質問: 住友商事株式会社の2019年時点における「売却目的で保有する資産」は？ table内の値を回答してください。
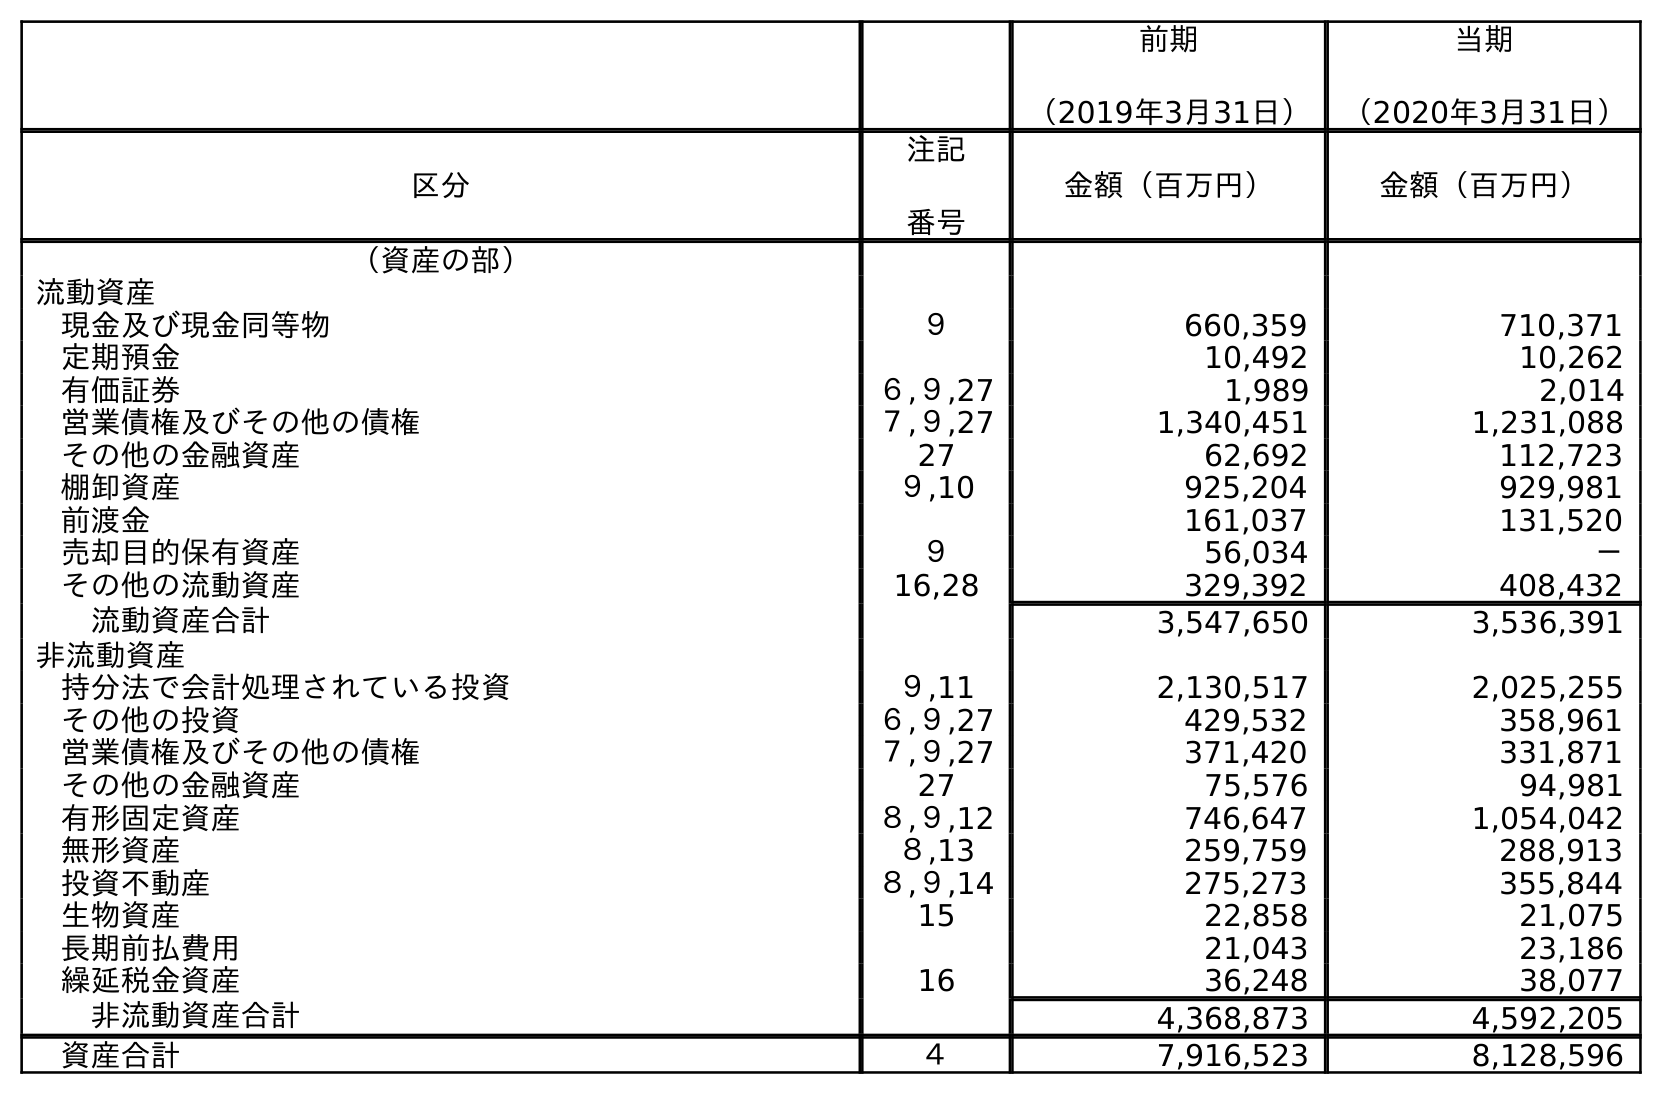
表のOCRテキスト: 前期 （2019年3月31日） 当期 （2020年3月31日） 区分 注記 番号 金額（百万円） 金額（百万円） （資産の部） 流動資産 現金及び現金同等物 ９ 660,359 710,371 定期預金 10,492 10,262 有価証券 ６,９,27 1,989 2,014 営業債権及びその他の債権 ７,９,27 1,340,451 1,231,088 その他の金融資産 27 62,692 112,723 棚卸資産 ９,10 925,204 929,981 前渡金 161,037 131,520 売却目的保有資産 ９ 56,034 － その他の流動資産 16,28 329,392 408,432 流動資産合計 3,547,650 3,536,391 非流動資産 持分法で会計処理されている投資 ９,11 2,130,517 2,025,255 その他の投資 ６,９,27 429,532 358,961 営業債権及びその他の債権 ７,９,27 371,420 331,871 その他の金融資産 27 75,576 94,981 有形固定資産 ８,９,12 746,647 1,054,042 無形資産 ８,13 259,759 288,913 投資不動産 ８,９,14 275,273 355,844 生物資産 15 22,858 21,075 長期前払費用 21,043 23,186 繰延税金資産 16 36,248 38,077 非流動資産合計 4,368,873 4,592,205 資産合計 ４ 7,916,523 8,128,596
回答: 56,034